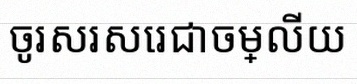
ចូរសរសេរជាចម្លើយ